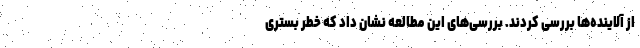
از آلاینده‌ها بررسی کردند. بررسی‌های این مطالعه نشان داد که خطر بستری